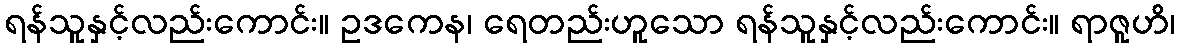
ရန်သူနှင့်လည်းကောင်း။ ဥဒကေန၊ ရေတည်းဟူသော ရန်သူနှင့်လည်းကောင်း။ ရာဇူဟိ၊